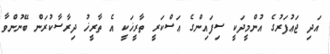
އަދި ޖަޢުފަރުގެ އުންމީދަކީ ސިފައިންގެ ޢަސްކަރީ ތާރީޚަކީ އެ ތާރީޚު ދިރާސާކުރަން ބޭނުންވާ